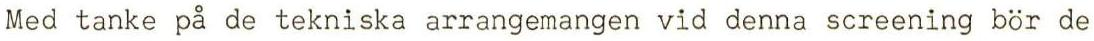
Med tanke på de tekniska arrangemangen vid denna screening bör de